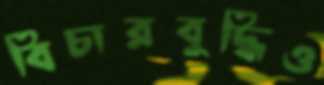
বিচারবুদ্ধিও